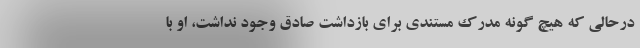
درحالی که هیچ گونه مدرک مستندی برای بازداشت صادق وجود نداشت، او با